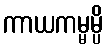
ကာယကမ္မမ္ပိ